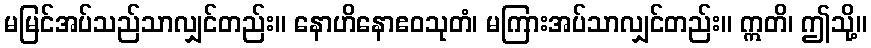
မမြင်အပ်သည်သာလျှင်တည်း။ နောဟိနောဧဝသုတံ၊ မကြားအပ်သာလျှင်တည်း။ ဣတိ၊ ဤသို့။